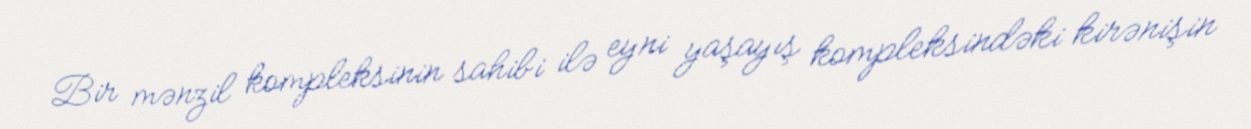
Bir mənzil kompleksinin sahibi ilə eyni yaşayış kompleksindəki kirənişin